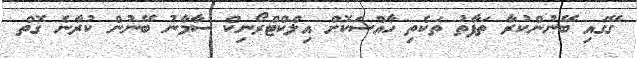
ގޭގައި ބޭނުންކުރާ ތަފާތު ތަކެތި ހާއްސަކޮށް އިލްކްޓްރޯނިކް ސާމާނު ބޭނުން ކުރާނެ ގޮތް